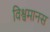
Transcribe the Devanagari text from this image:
विश्वमानस